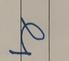
Signature authenticity: genuine